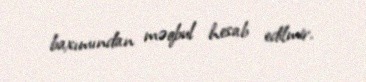
baxımından məqbul hesab edilmir.